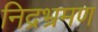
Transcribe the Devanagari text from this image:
निद्रभ्रमण